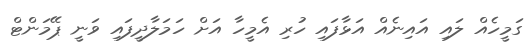
ގަމީހެއް ލައި އައިނެއް އަޅާފައި ހުރި އެމީހާ އަށް ހަމަލާދީފައި ވަނީ ޕޭމަންޓް